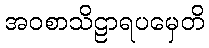
အဝစာသိဠာရပမှေတိ